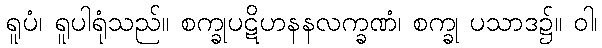
ရူပံ၊ ရူပါရုံသည်။ စက္ခုပဋိဟနနလက္ခဏံ၊ စက္ခု ပသာဒ၌။ ဝါ၊